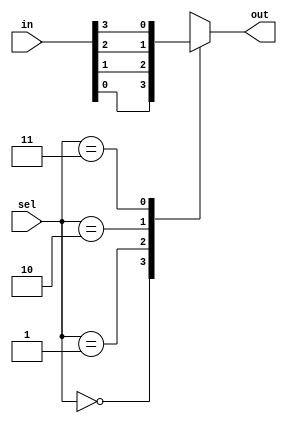
module Multiplexor(
input [3:0] in, 
input [1:0] sel,
output reg out
);

always @(*)
	begin
		case(sel)
			0:
			begin
				out = in[0];
			end
			1:
			begin
				out = in[1];
			end
			2:
			begin
				out = in[2];
			end
			3:
			begin
				out = in[3];
			end
			default:
				out = 0;
		endcase
	end
endmodule